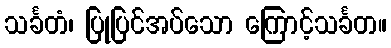
သင်္ခတံ၊ ပြုပြင်အပ်သော ကြောင့်သင်္ခတ။